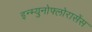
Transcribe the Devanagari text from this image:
इन्म्युनोफ्लोरासेंस